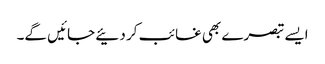
ایسے تبصرے بھی غائب کر دئیے جائیں گے۔